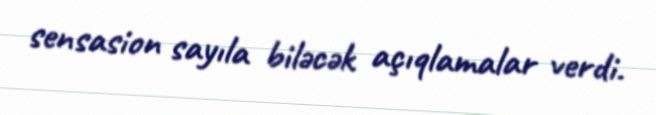
sensasion sayıla biləcək açıqlamalar verdi.